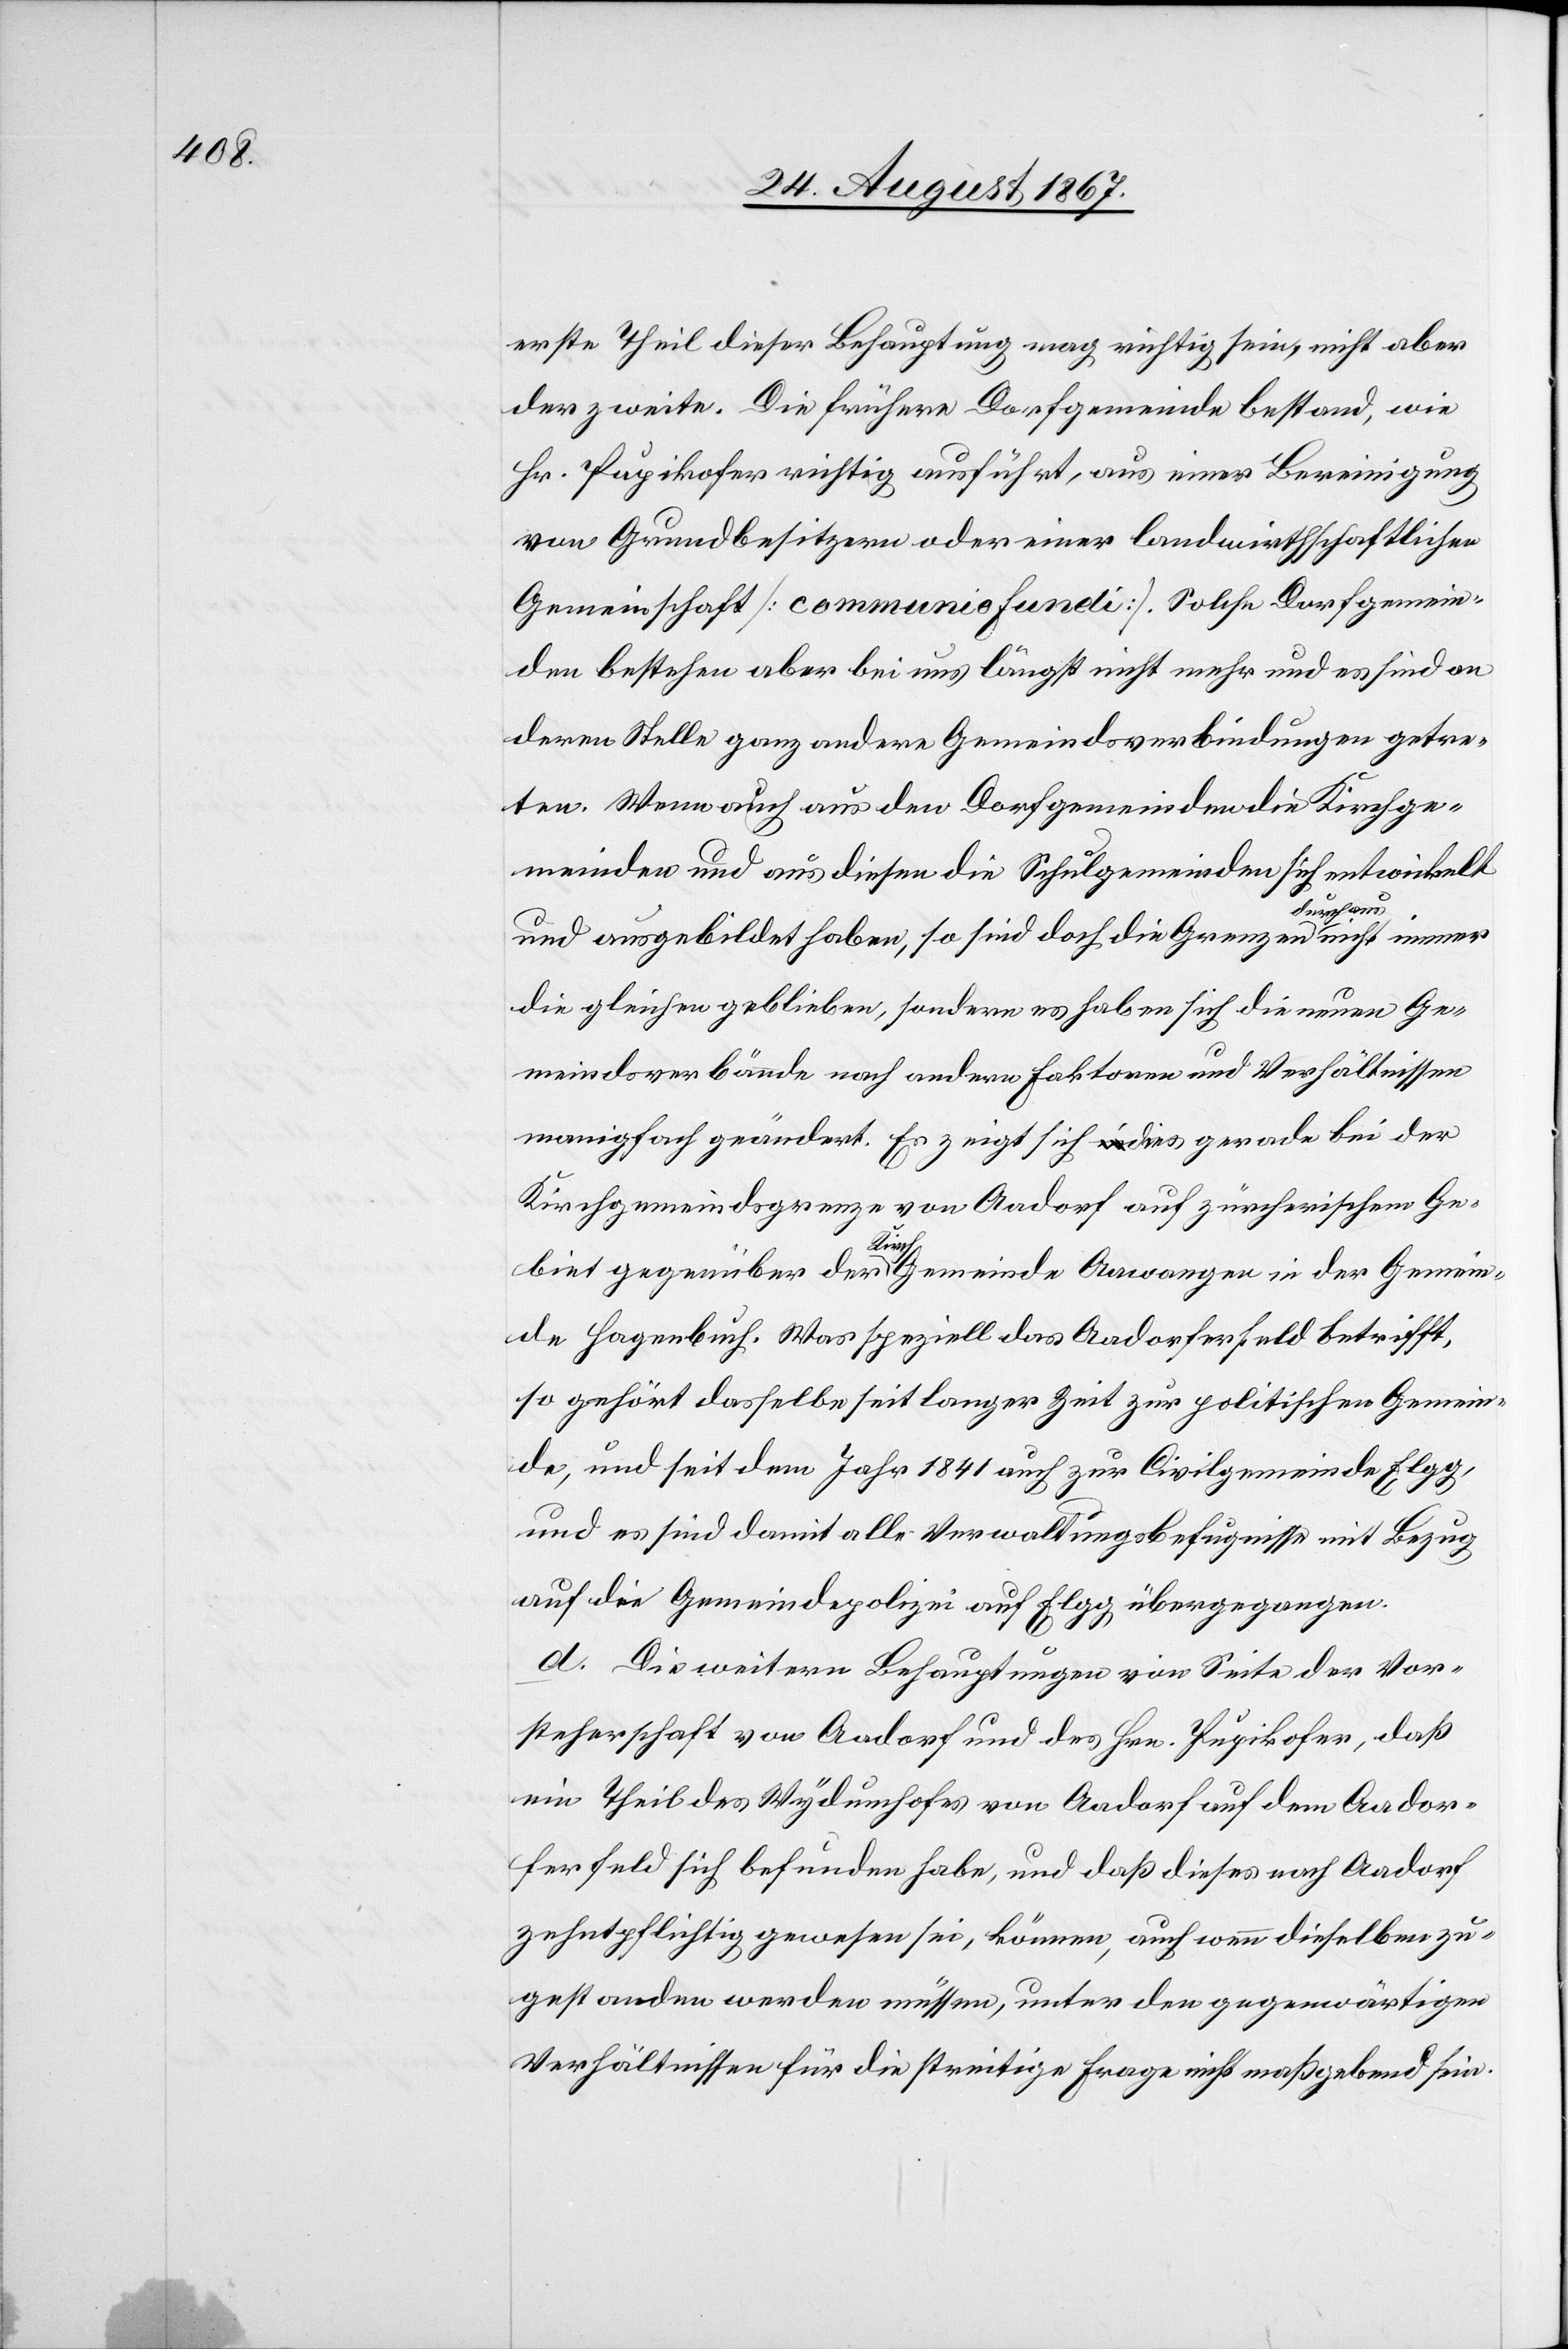
erste Theil dieser Behauptung mag richtig sein, nicht aber
der zweite. Die frühere Dorfgemeinde bestand, wie
Hr. Pupikofer richtig ausführt, aus einer Bereinigung
von Grundbesitzern oder einer landwirthschaftlichen
Gemeinschaft [communio funeli]. Solche Dorfgemein¬
den bestehen aber bei uns längst nicht mehr und es sind an
deren Stelle ganz andere Gemeindsverbindungen getre¬
ten. Wenn auch aus den Dorfgemeinden die Kirchge¬
meinden und aus diesen die Schulgemeinden sich entwickelt
nicht im¬
und ausgebildet haben, so sind doch die Grenzen durchaus
die gleichen geblieben, sondern es haben sich die neuen Ge¬
meindsverbände nach andern Faktoren und Verhältnissen
manigfach geändert. Es zeigt sich dies gerade bei der
Kirchgemeindsgrenze von Aadorf auf zürcherischem Ge¬
mer
biet gegenüber der Kirchgemeinde Aawangen in der Gemein¬
de Hagenbuch. Was speziell das Aadorferfeld betrifft,
so gehört dasselbe seit langer Zeit zur politischen Gemein¬
de, und seit dem Jahr 1841 auch zur Civilgemeinde Elgg,
und es sind damit alle Verwaltungsbefugnisse mit Bezug
auf die Gemeindepolizei auf Elgg übergegangen.
d. Die weitern Behauptungen von Seite der Vor¬
steherschaft von Aadorf und des Hrn. Pupikofer, daß
ein Theil des Wydumgutes von Aadorf auf dem Aador¬
ferfeld sich befunden habe, und daß dieses nach Aadorf
zehntpflichtig gewesen sei, können, auch wenn dieselben zu¬
gestanden werden müssen, unter den gegenwärtigen
Verhältnissen für die streitige Frage nicht maßgebend sein.